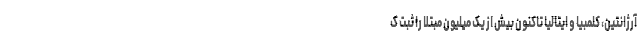
آرژانتین، کلمبیا و ایتالیا تاکنون بیش از یک میلیون مبتلا را ثبت ک